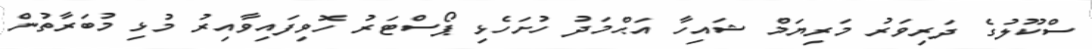
ސްކޫލުގެ ދަރިވަރު މަރިޔަމް ޝައިހާ އަޙްމަދު ހުށަހެޅި ޕޯސްޓަރު ހޮވިފައިވާއިރު މުޅި މުބަރާތުން